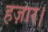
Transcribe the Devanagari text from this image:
हज़ार।